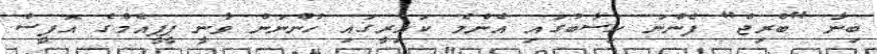
ބިނާ "ބްރިޖް" ފެންނަ ހިސާބުގައި އެންމެ ކައިރީގައި ހުންނަން ވާނީ ޕީޕީއެމްގެ އޮފީސް